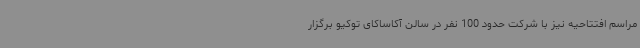
مراسم افتتاحیه نیز با شرکت حدود 100 نفر در سالن‌ آکاساکای توکیو برگزار